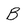
Character: B